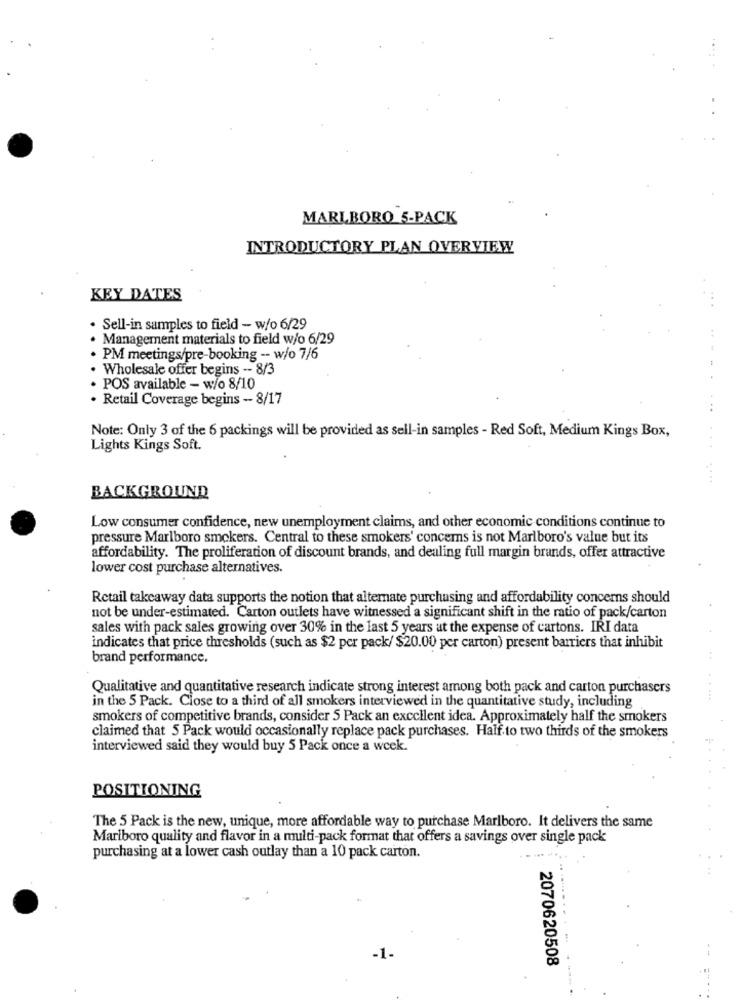
MARLBORO 5-PACK
INTRODUCTORY PLAN OVERVIEW
KEY DATES
· Sell-in samples to field - w/o 6/29
· Management materials to field w/o 6/29
· PM meetings/pre-booking -- w/o 7/6
. Wholesale offer begins -- 8/3
. POS available - w/o 8/10
· Retail Coverage begins -- 8/17
Note: Only 3 of the 6 packings will be provided as sell-in samples - Red Soft, Medium Kings Box,
Lights Kings Soft.
BACKGROUND
Low consumer confidence, new unemployment claims, and other economic conditions continue to
pressure Marlboro smokers. Central to these smokers' concerns is not Marlboro's value but its
affordability. The proliferation of discount brands, and dealing full margin brands, offer attractive
lower cost purchase alternatives.
Retail takeaway data supports the notion that alternate purchasing and affordability concerns should
not be under-estimated. Carton outlets have witnessed a significant shift in the ratio of pack/carton
sales with pack sales growing over 30% in the last 5 years at the expense of cartons. IRI data
indicates that price thresholds (such as $2 per pack/ $20.00 per carton) present barriers that inhibit
brand performance.
Qualitative and quantitative research indicate strong interest among both pack and carton purchasers
in the 5 Pack. Close to a third of all smokers interviewed in the quantitative study, including
smokers of competitive brands, consider 5 Pack an excellent idea. Approximately half the smokers
claimed that 5 Pack would occasionally replace pack purchases. Half to two thirds of the smokers
interviewed said they would buy 5 Pack once a week.
POSITIONING
The 5 Pack is the new, unique, more affordable way to purchase Marlboro. It delivers the same
Mariboro quality and flavor in a multi-pack format that offers a savings over single pack
purchasing at a lower cash outlay than a 10 pack carton.
2070620508